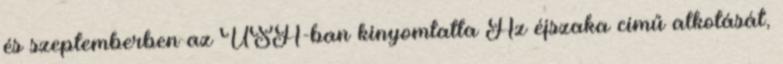
és szeptemberben az USA-ban kinyomtatta Az éjszaka című alkotását,